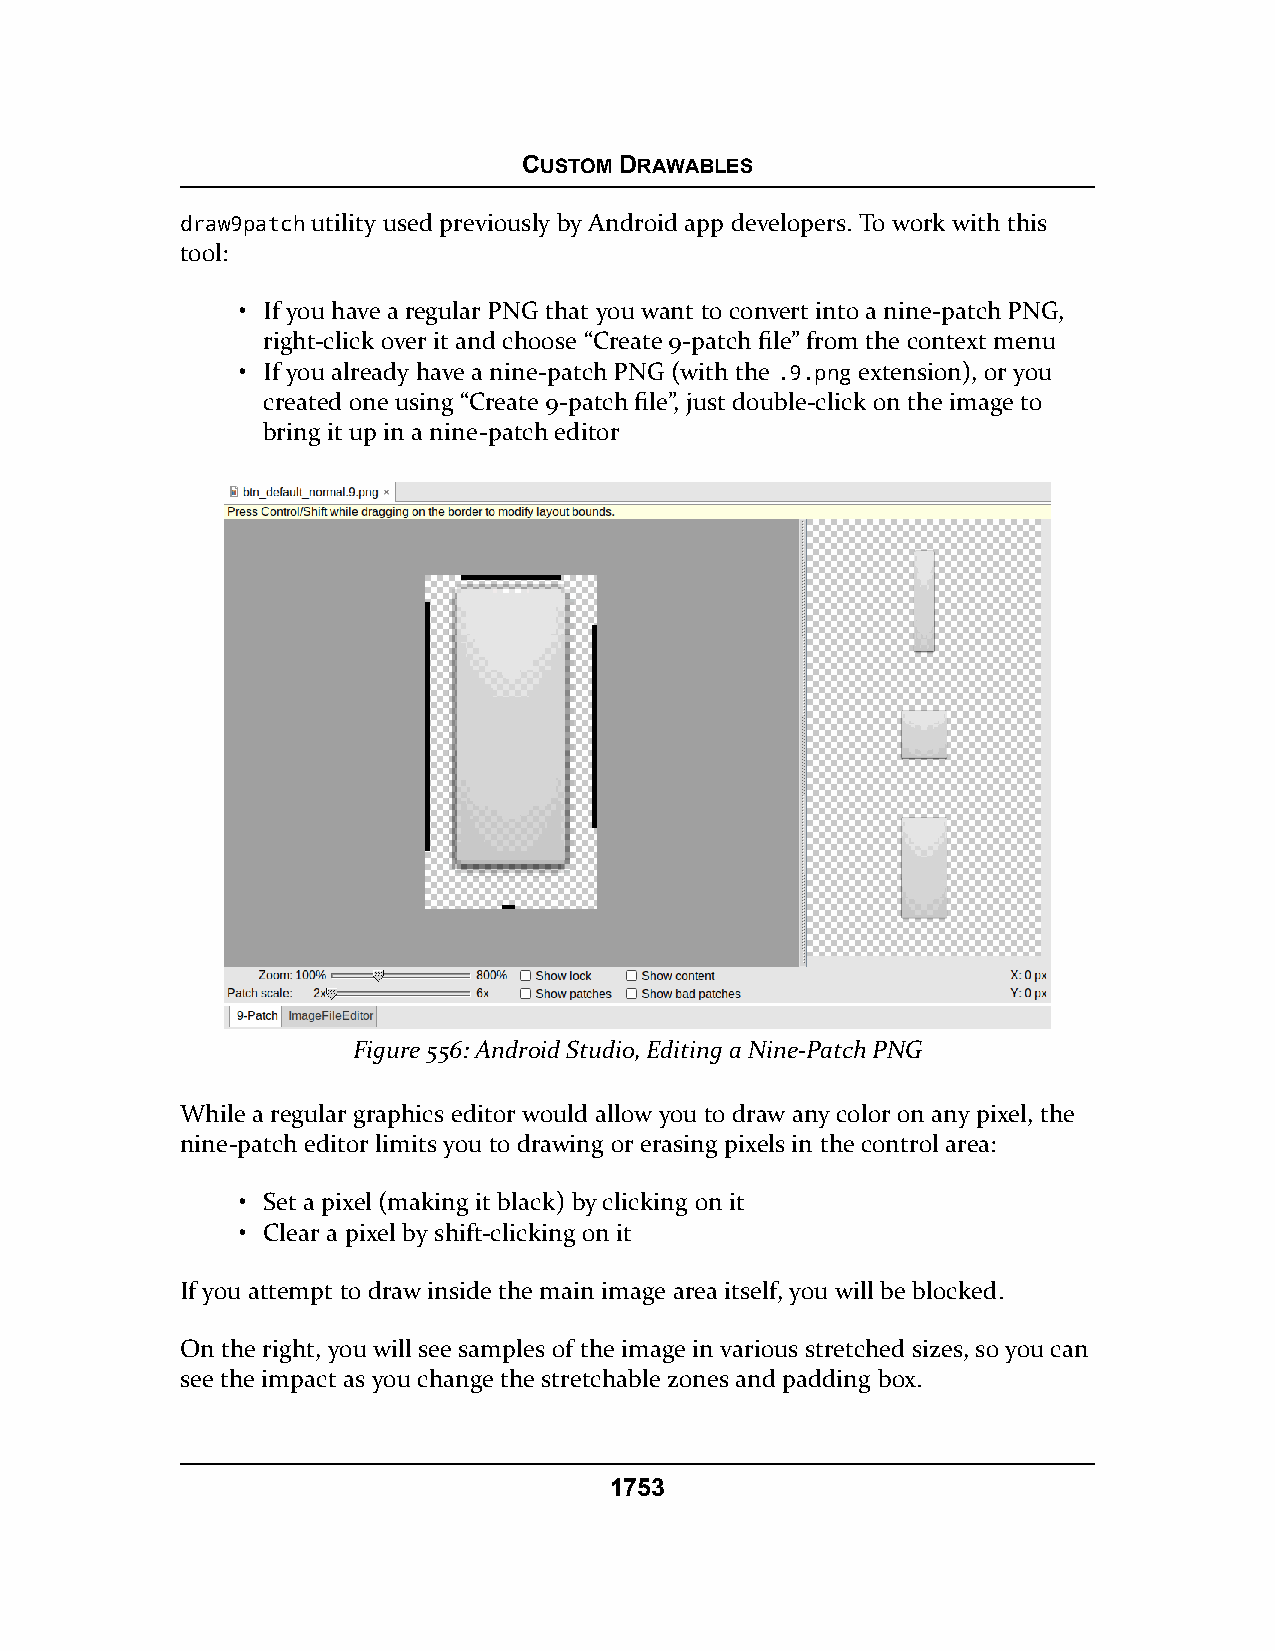
CUSTOM DRAWABLES
 ddrraaww99ppaattcchhutility used previously by Android app developers. To work with this
 tool:
 • If you have a regular PNG that you want to convert into a nine-patch PNG,
 right-click over it and choose “Create 9-patch file” from the context menu
 • If you already have a nine-patch PNG (with the .9.png extension), or you
 created one using “Create 9-patch file”, just double-click on the image to
 bring it up in a nine-patch editor
 Figure 556: Android Studio, Editing a Nine-Patch PNG
 While a regular graphics editor would allow you to draw any color on any pixel, the
 nine-patch editor limits you to drawing or erasing pixels in the control area:
 • Set a pixel (making it black) by clicking on it
 • Clear a pixel by shift-clicking on it
 If you attempt to draw inside the main image area itself, you will be blocked.
 On the right, you will see samples of the image in various stretched sizes, so you can
 see the impact as you change the stretchable zones and padding box.
 1753